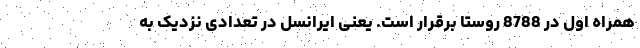
همراه اول در 8788 روستا برقرار است. یعنی ایرانسل در تعدادی نزدیک به